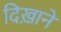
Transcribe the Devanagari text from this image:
दिख़ाने